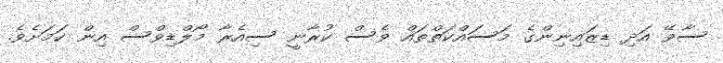
ސާވޭ އަދި ޑިޒައިނިންގެ މަސައްކަތްތައް ވެސް ކުރާނީ ސިއެރާ މޯލްޑިވްސް އިން ކަމަށެވެ.